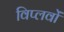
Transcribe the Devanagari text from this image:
विप्लवों